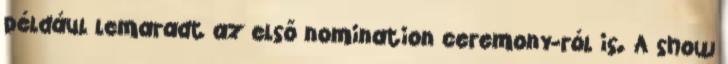
például lemaradt az első nomination ceremony-ról is. A show